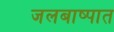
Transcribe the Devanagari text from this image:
जलबाष्पात